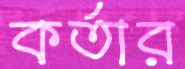
কর্তার